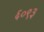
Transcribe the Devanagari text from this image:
६०९३